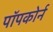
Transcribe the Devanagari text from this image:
पॉपकोर्न